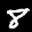
Label: 8